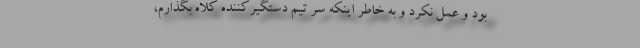
بود و عمل نكرد و به خاطر اینكه سر ‌تیم دستگیر‌كننده كلاه بگذارم،